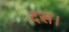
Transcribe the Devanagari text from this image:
दस।